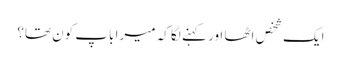
ایک شخص اٹھا اور کہنے لگا کہ میرا باپ کون تھا؟